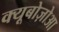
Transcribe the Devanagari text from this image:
क्यूबोज़ोआ